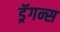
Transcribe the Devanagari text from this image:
ड्रॅगन्स